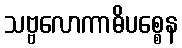
သဗ္ဗလောကာဓိပစ္စေန